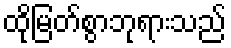
ထိုမြတ်စွာဘုရားသည်